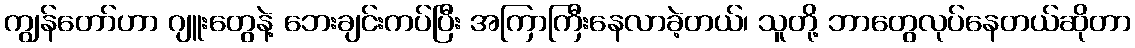
ကျွန်တော်ဟာ ဂျူးတွေနဲ့ ဘေးချင်းကပ်ပြီး အကြာကြီးနေလာခဲ့တယ်၊ သူတို့ ဘာတွေလုပ်နေတယ်ဆိုတာ